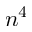
n ^ { 4 }